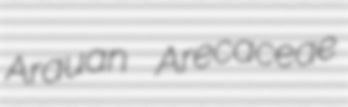
Arauan Arecaceae